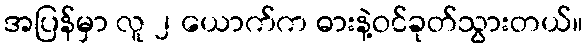
အပြန်မှာ လူ ၂ ယောက်က ဓားနဲ့ဝင်ခုတ်သွားတယ်။